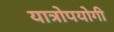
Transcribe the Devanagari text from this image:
यात्रोपयोगी